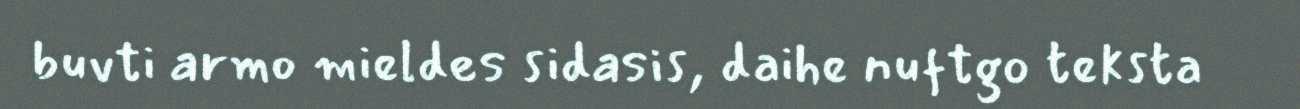
buvti armo mieldes sidasis, daihe nuftgo teksta